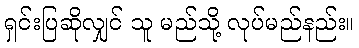
ရှင်းပြဆိုလျှင် သူ မည်သို့ လုပ်မည်နည်း။